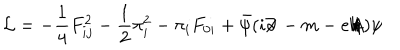
LaTeX: { \cal L } = - \frac { 1 } { 4 } F _ { i j } ^ { 2 } - \frac { 1 } { 2 } \pi _ { i } ^ { 2 } - \pi _ { i } F _ { 0 i } + \bar { \psi } ( i \partial \! \! \! / \, - m - e A \! \! \! \! / \, ) \psi \nonumber